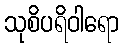
သုစိပရိဝါရော